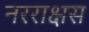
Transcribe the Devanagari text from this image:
नरराक्षस